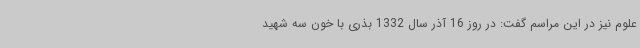
علوم نیز در این مراسم گفت: در روز 16 آذر سال 1332 بذری با خون سه شهید